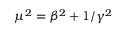
\mu ^ { 2 } = \beta ^ { 2 } + 1 / \gamma ^ { 2 }